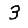
Digit: 3